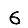
Digit: 6